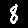
Digit: 8